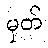
မှတ်